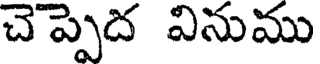
చెప్పెద వినుము